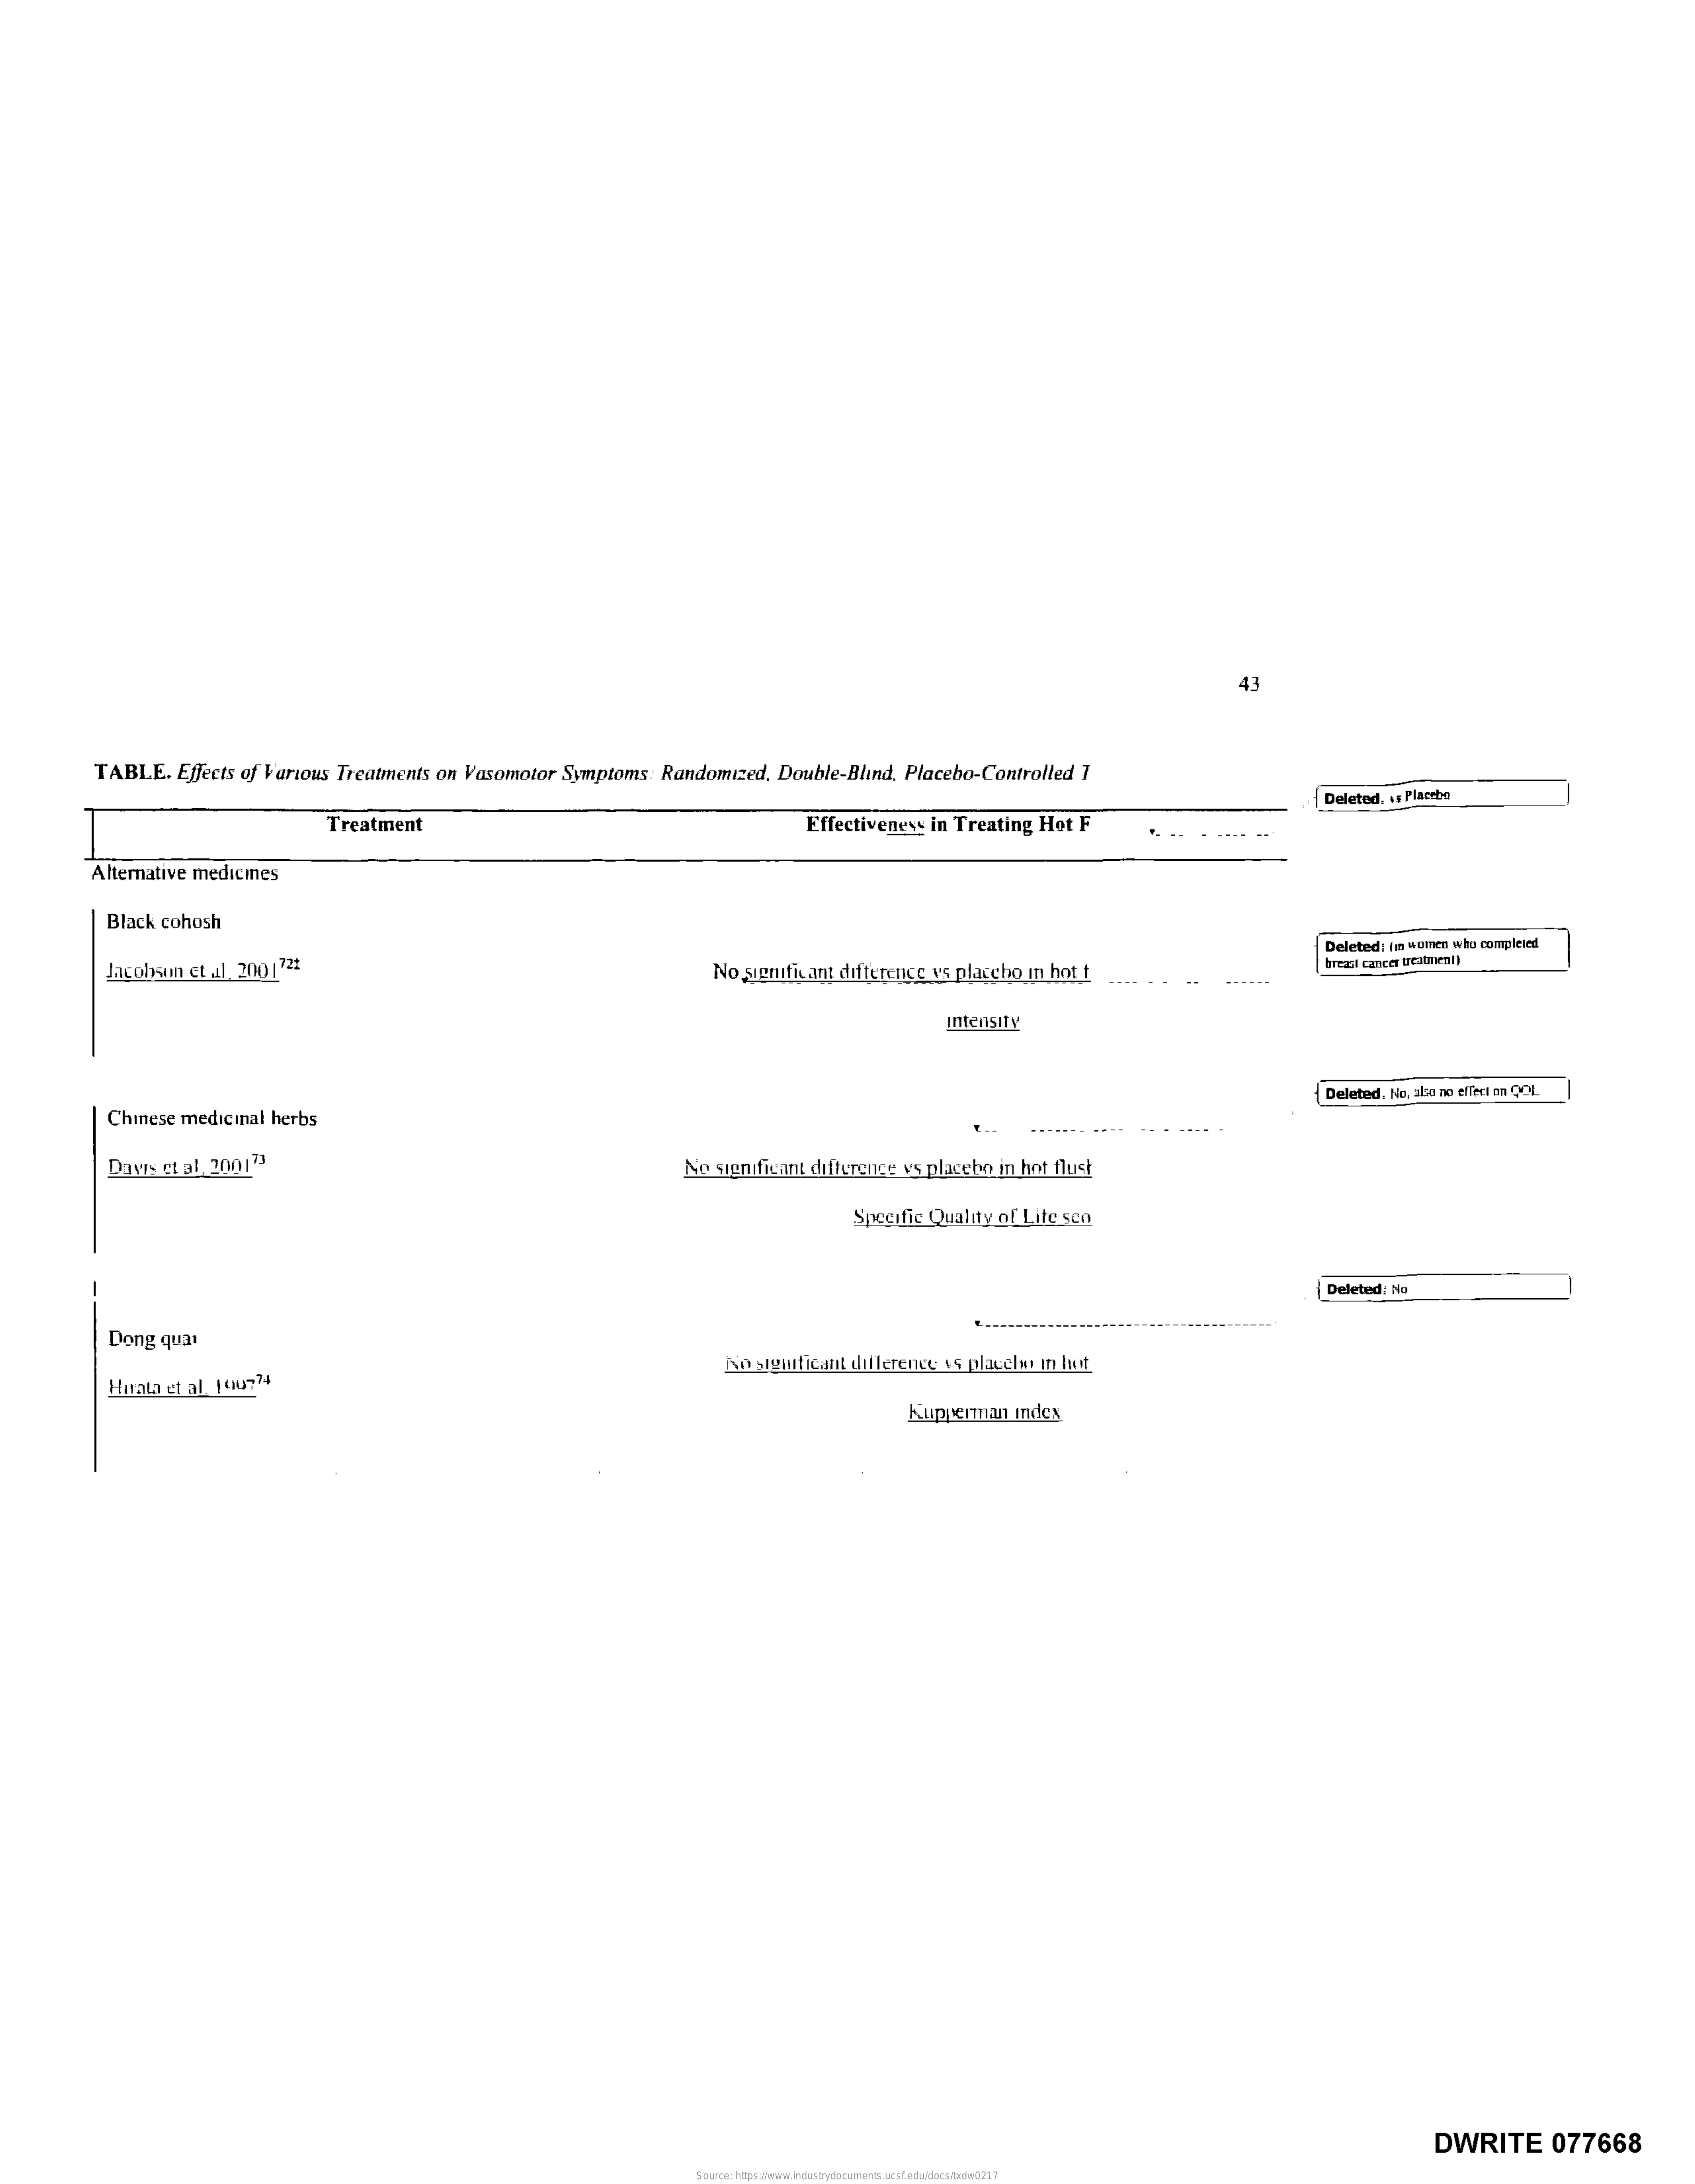
TABLE.  Effects of Various Treatments on Vasomotor Symptoms: Randomized, Double-Blind, Placebo-Controlled 1
     Deletod, is Placebo
     Treatment    Effectiveness in Treating Hot F
     Alternative medicmes
     Black cohosh
     Jacobson et Al. 200 | 72t
     Deleted: in women who compleind
     No significant difference vs placcho in hot t
     treadi canca beloneal)
     intensity
     Deleted. No, aba ze effeci en QOt.
     Chinese medicinal herbs
     Davis ct 31.200121    No significant difference vs placebe in hot flust
     Specific Quality of Lite sco
     | Deletnd: No
     Dong quai
     Huala et al 194774
     No significant difference 15 placche in lust
     Kupperman index
     DWRITE    077668
     Source: https://www.industrydocuments.ucsf.edu/docs/txdw0217